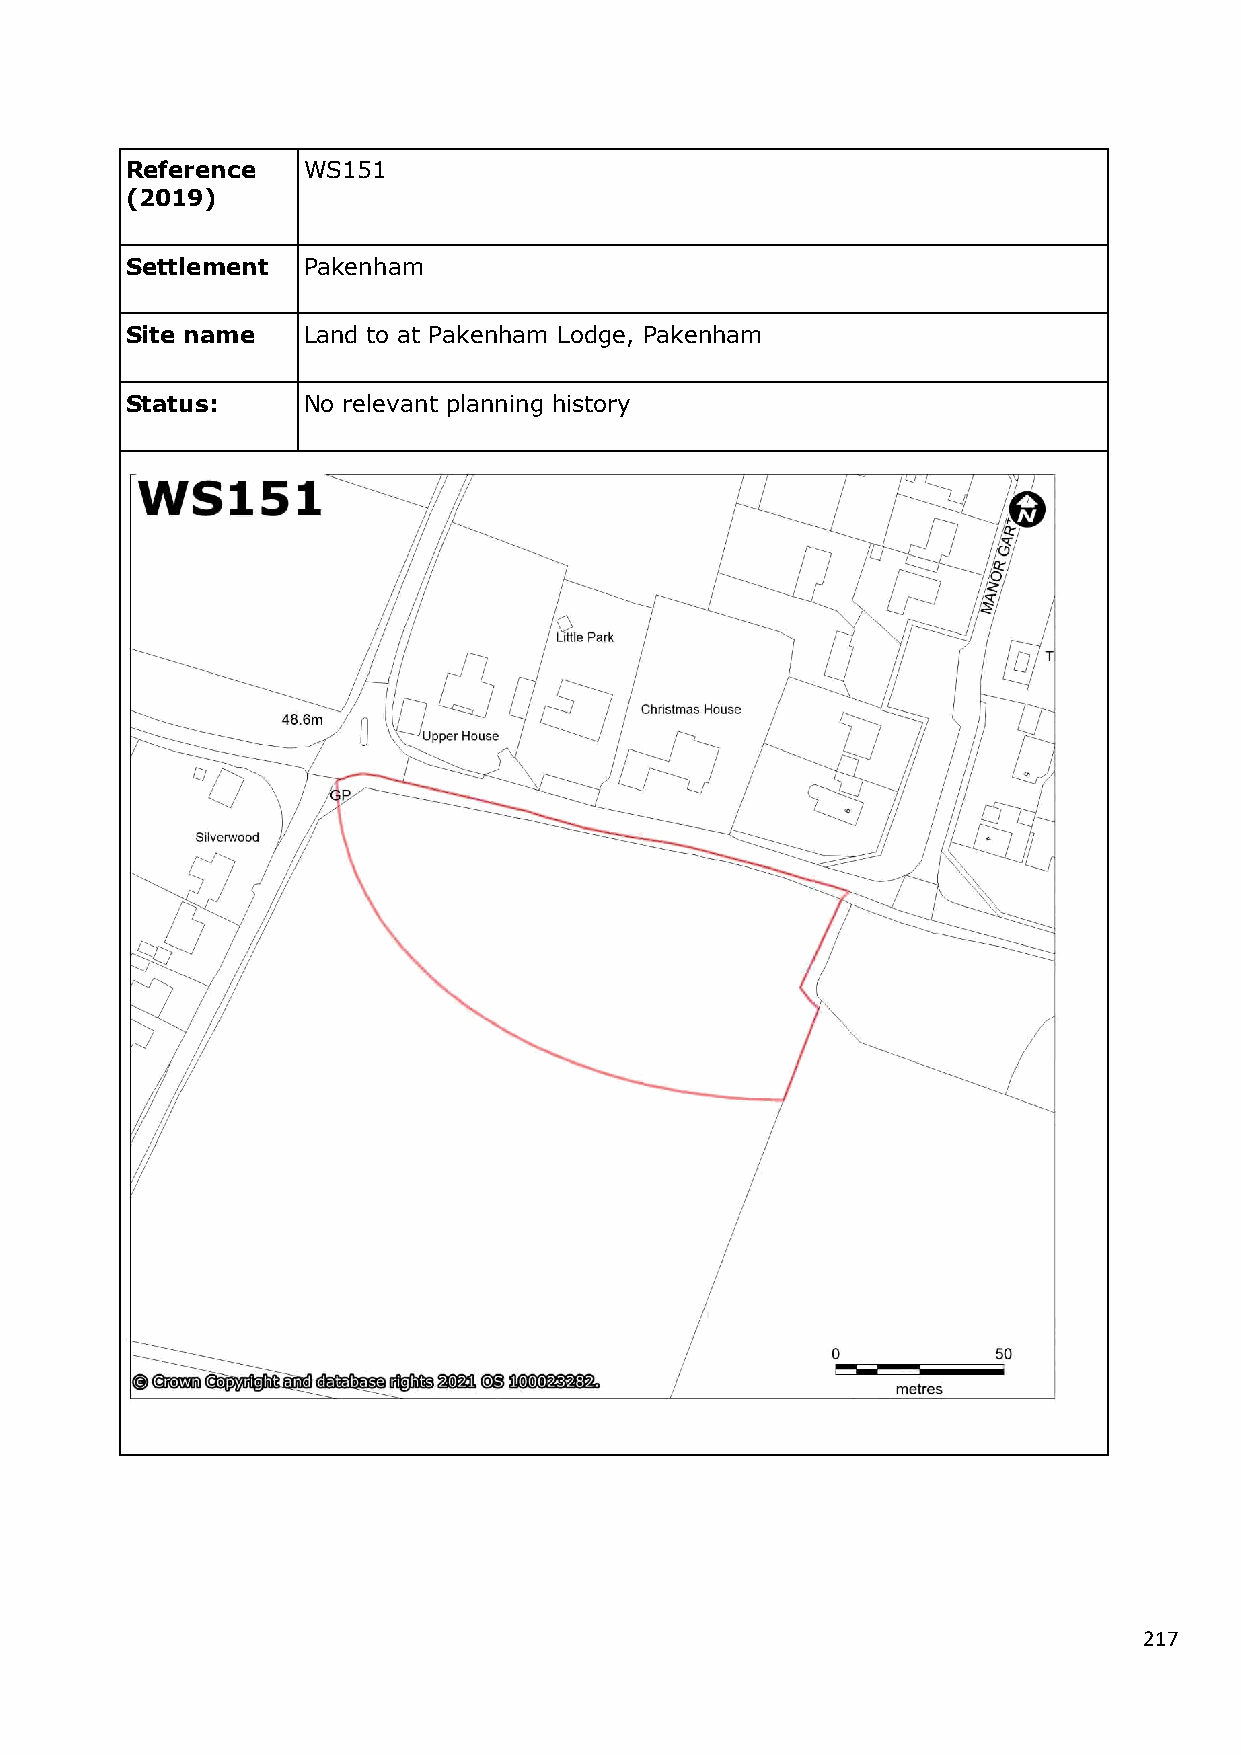
Reference   WS151
 (2019)
 Settlement  Pakenham
 Site name   Land to at Pakenham Lodge, Pakenham
 Status:     No relevant planning history
 217